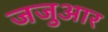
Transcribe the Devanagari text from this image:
जजुआर